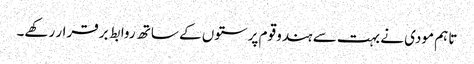
تاہم مودی نے بہت سے ہندو قوم پرستوں کے ساتھ روابط برقرار رکھے۔